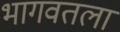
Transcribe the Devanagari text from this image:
भागवतला